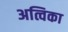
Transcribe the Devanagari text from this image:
अत्विका